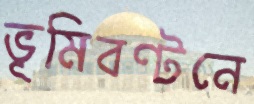
ভূমিবণ্টনে